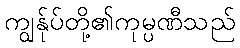
ကျွန်ုပ်တို့၏ကုမ္ပဏီသည်